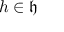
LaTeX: h \in { \mathfrak { h } }